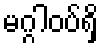
မဂ္ဂါဝပ်ရှိ